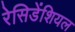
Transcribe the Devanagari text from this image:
रेसिडेंशियल